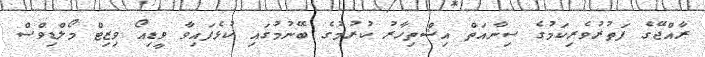
ރާއްޖޭގެ ފަތުރުވެރިކަމުގެ ސިނާއަތް އިޝްތިހާރު ކުރުމުގެ ބޭނުމުގައި ކުޅެފައިވާ ވީޑިއޯ ވިޒިޓް މޯލްޑިވްސް